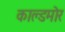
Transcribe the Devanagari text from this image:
काल्डमोर